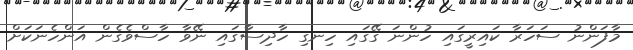
މާފަންނު ސަހަރާ ކައިރީގައި ހުންނަ ގޭގައި ހިނގި ހާދިސާގައި ނޭވާ ހާސްވެގެން އަންހެނަކަށް